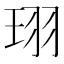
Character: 珝